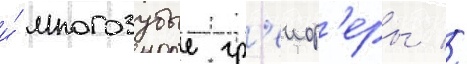
и́ многозубые гр'еиф'еры //